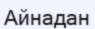
Айнадан